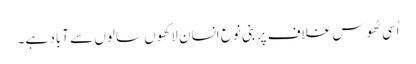
اُسی ٹھوس غلاف پر بنی نوع اِنسان لاکھوں سالوں سے آباد ہے۔